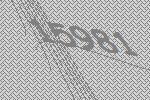
15981